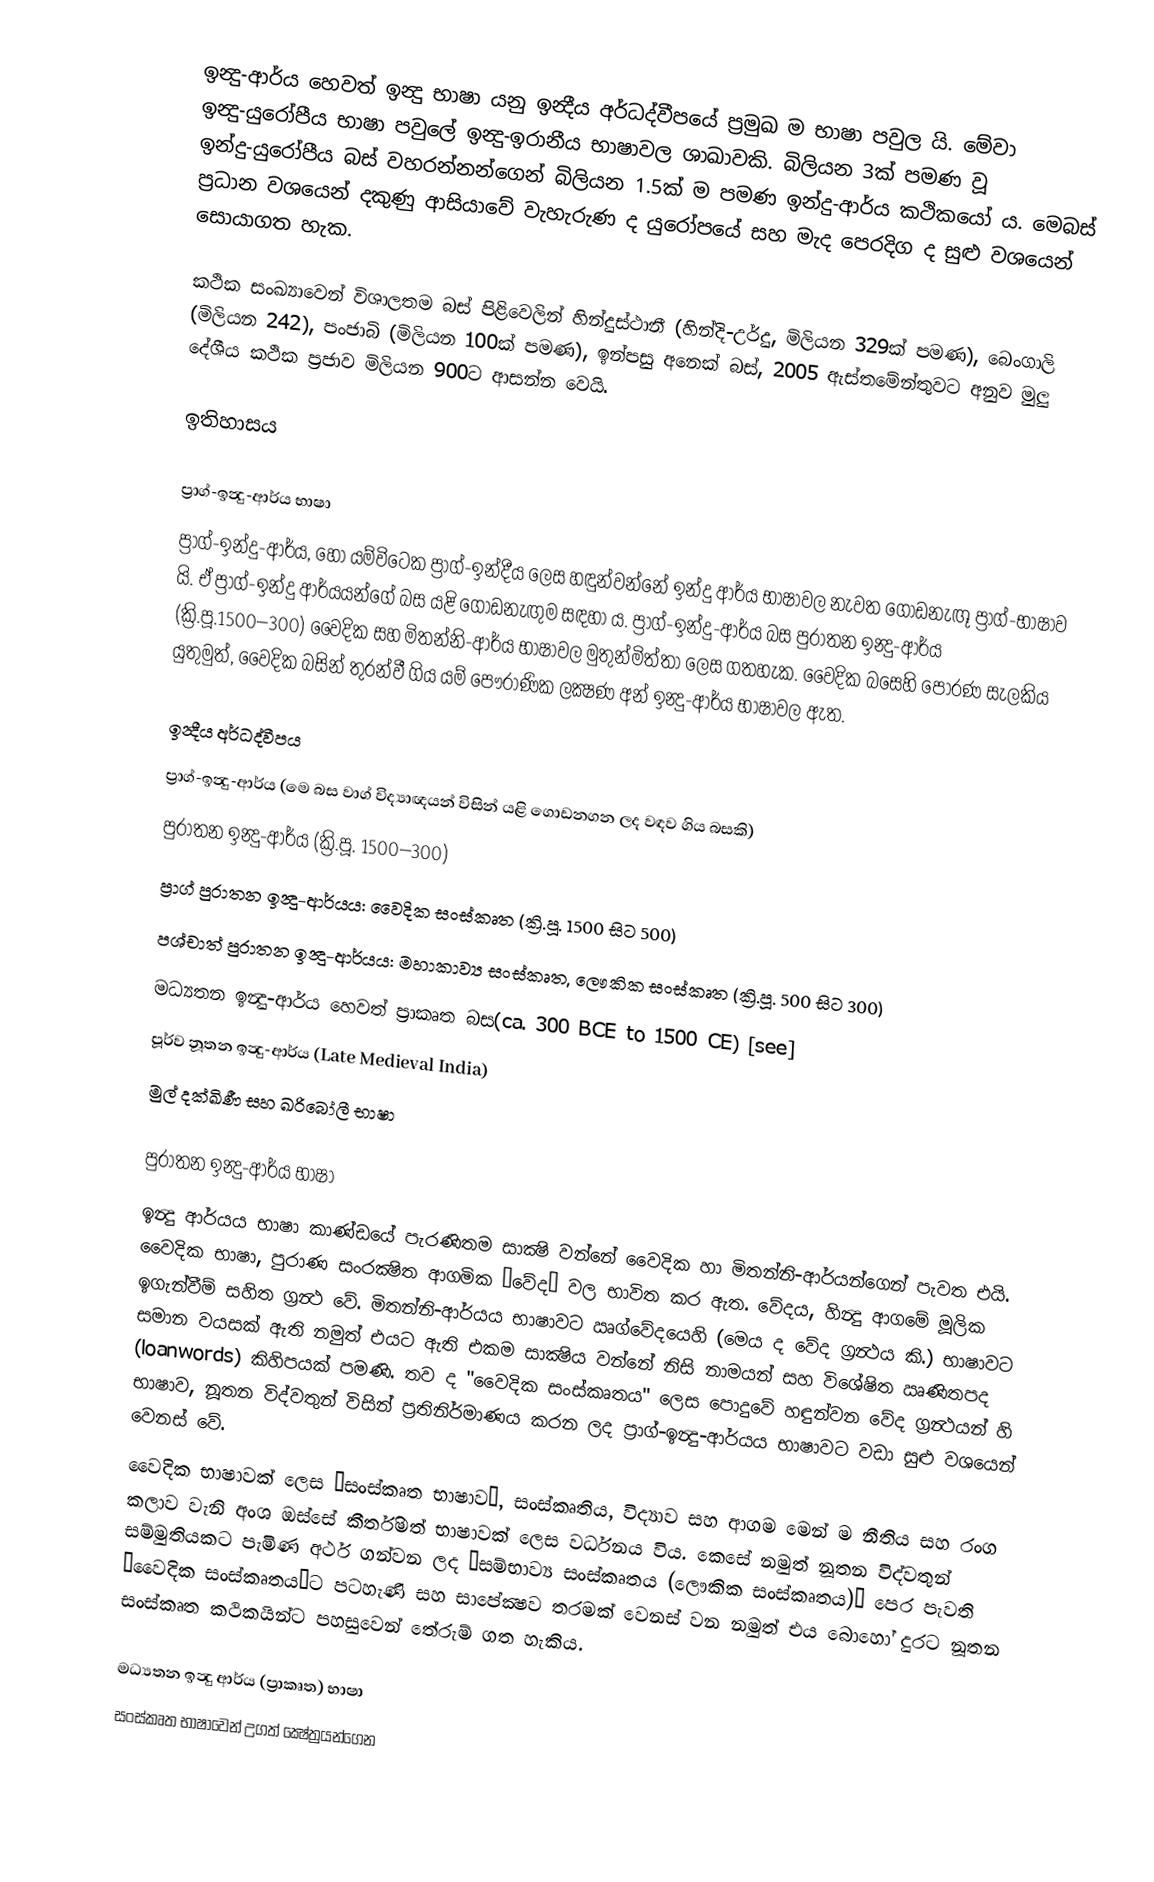
ඉන්‍දු-ආර්ය හෙවත් ඉන්‍දු භාෂා යනු ඉන්‍දීය අර්ධද්වීපයේ ප්‍රමුඛ ම භාෂා පවුල යි. මේවා  ඉන්‍දු-යුරෝපීය භාෂා පවුලේ ඉන්‍දු-ඉරානීය භාෂාවල ශාඛාවකි. බිලියන 3ක් පමණ වූ ඉන්දු-යුරෝපීය බස් වහරන්නන්ගෙන් බිලියන 1.5ක් ම පමණ ඉන්දු-ආර්ය කථිකයෝ ය. මෙබස් ප්‍රධාන වශයෙන් දකුණු ආසියාවේ වැහැරුණ ද යුරෝපයේ සහ මැද පෙරදිග ද සුළු වශයෙන් සොයාගත හැක.

කථික සංඛ්‍යාවෙන් විශාලතම බස් පිළිවෙලින් හින්දුස්ථානී (හින්දි-උර්දු, මිලියන 329ක් පමණ), බෙංගාලි (මිලියන 242), පංජාබි (මිලියන 100ක් පමණ), ඉන්පසු අනෙක් බස්, 2005 ඇස්තමේන්තුවට අනුව මුලු දේශීය කථික ප්‍රජාව මිලියන 900ට ආසන්න වෙයි.

ඉතිහාසය

ප්‍රාග්-ඉන්‍දු-ආර්ය භාෂා
ප්‍රාග්-ඉන්දු-ආර්ය, හෝ යම්විටෙක ප්‍රාග්-ඉන්දීය ලෙස හඳුන්වන්නේ ඉන්දු ආර්ය භාෂාවල නැවත ගොඩනැඟූ ප්‍රාග්-භාෂාව යි. ඒ ප්‍රාග්-ඉන්දු ආර්යයන්ගේ බස යළි ගොඩනැඟුම සඳහා ය. ප්‍රාග්-ඉන්දු-ආර්ය බස පුරාතන ඉන්‍දු-ආර්ය (ක්‍රි.පූ.1500–300) වෛදික සහ මිතන්නි-ආර්ය භාෂාවල මුතුන්මිත්තා ලෙස ගතහැක. වෛදික බසෙහි පොරණ සැලකිය යුතුමුත්, වෛදික බසින් තුරන්වී ගිය යම් පෞරාණික ලක්‍ෂණ අන් ඉන්‍දු-ආර්ය භාෂාවල ඇත.

ඉන්‍දීය අර්ධද්වීපය
 ප්‍රාග්-ඉන්‍දු-ආර්ය (මෙ බස වාග් විද්‍යාඥයන් විසින් යළි ගොඩනගන ලද වඳව ගිය බසකි)
 පුරාතන ඉන්‍දු-ආර්ය (ක්‍රි.පූ. 1500–300)
 ප්‍රාග් පුරාතන ඉන්‍දු-ආර්යය: වෛදික සංස්කෘත (ක්‍රි.පූ. 1500 සිට 500)
 පශ්චාත් පුරාතන ඉන්‍දු-ආර්යය: මහාකාව්‍ය සංස්කෘත, ලෞකික සංස්කෘත (ක්‍රි.පූ. 500 සිට 300)
 මධ්‍යතන ඉන්‍දු-ආර්ය හෙවත් ප්‍රාකෘත බස(ca. 300 BCE to 1500 CE) [see]
 පූර්ව නූතන ඉන්‍දු-ආර්ය (Late Medieval India)
 මුල් දක්ඛිණී සහ ඛරිබෝලී භාෂා

පුරාතන ඉන්‍දු-ආර්ය භාෂා
ඉන්‍දු ආර්යය භාෂා කාණ්ඩයේ පැරණිතම සාක්‍ෂි වන්නේ වෛදික හා මිතන්නි-ආර්යන්ගෙන් පැවත එයි. වෛදික භාෂා, පුරාණ සංරක්‍ෂිත ආගමික “වේද” වල භාවිත කර ඇත. වේදය, හින්‍දු ආගමේ මූලික ඉගැන්වීම් සහිත ග්‍රන්‍ථ වේ. මිතන්නි-ආර්යය භාෂාවට ඍග්වේදයෙහි (මෙය ද වේද ග්‍රන්‍ථය කි.)  භාෂාවට සමාන වයසක් ඇති නමුත් එයට ඇති එකම සාක්‍ෂිය වන්නේ නිසි නාමයන් සහ විශේෂිත ඍණිතපද (loanwords) කිහිපයක් පමණි. තව ද "වෛදික සංස්කෘතය" ලෙස පොදුවේ හඳුන්වන වේද ග්‍රන්‍ථයන් හි භාෂාව, නූතන විද්වතුන් විසින් ප්‍රතිනිර්මාණය කරන ලද ප්‍රාග්-ඉන්‍දු-ආර්යය භාෂාවට වඩා සුළු වශයෙන් වෙනස් වේ.
වෛදික භාෂාවක් ලෙස “සංස්කෘත භාෂාව”, සංස්කෘතිය, විද්‍යාව සහ ආගම මෙන් ම නීතිය සහ රංග කලාව වැනි අංශ ඔස්සේ කීර්තිමත් භාෂාවක් ලෙස වර්ධනය විය. කෙසේ නමුත් නූතන විද්වතුන් සම්මුතියකට පැමිණ අර්ථ ගන්වන ලද “සම්භාව්‍ය සංස්කෘතය (ලෞකික සංස්කෘතය)” පෙර පැවති ”වෛදික සංස්කෘතය”ට පටහැණි සහ සාපේක්‍ෂව තරමක් වෙනස් වන නමුත් එය බොහෝ දුරට නූතන සංස්කෘත කථිකයින්ට පහසුවෙන් තේරුම් ගත හැකිය.

මධ්‍යතන ඉන්‍දු ආර්ය (ප්‍රාකෘත) භාෂා
සංස්කෘත භාෂාවෙන් උගත් ක්‍ෂේත්‍රයන්ගෙන